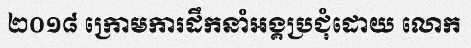
២០១៨ ក្រោមការដឹកនាំអង្គប្រជុំដោយ លោក